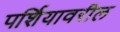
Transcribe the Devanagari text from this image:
पर्शियावरील